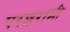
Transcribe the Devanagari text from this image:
परशरामी